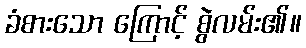
ခံစားသော ကြောင့် စွဲလမ်း၏။